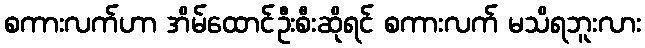
စကားလက်ဟာ အိမ်ထောင်ဦးစီးဆိုရင် စကားလက် မသိရဘူးလား